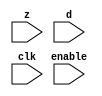
module register (z, d, clk, enable);

input [31:0] z;
input [31:0] d;
input clk;
input enable;






endmodule